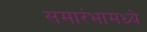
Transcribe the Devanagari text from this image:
समारंभामध्ये